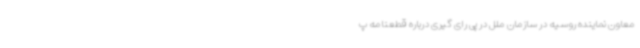
معاون نماینده روسیه در سازمان ملل در پی رای گیری درباره قطعنامه پ